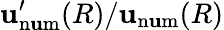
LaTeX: \mathbf{u}_{\mathrm{{n\mathbf{u}m}}}^{\prime}(R)/\mathbf{u}_{\mathrm{{n\mathbf{u}m}}}(R)